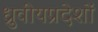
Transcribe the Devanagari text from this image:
ध्रुवीयप्रदेशों